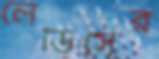
লেডিসের